Medical and sanitary report of the native army of Madras for the year
Year: 1878
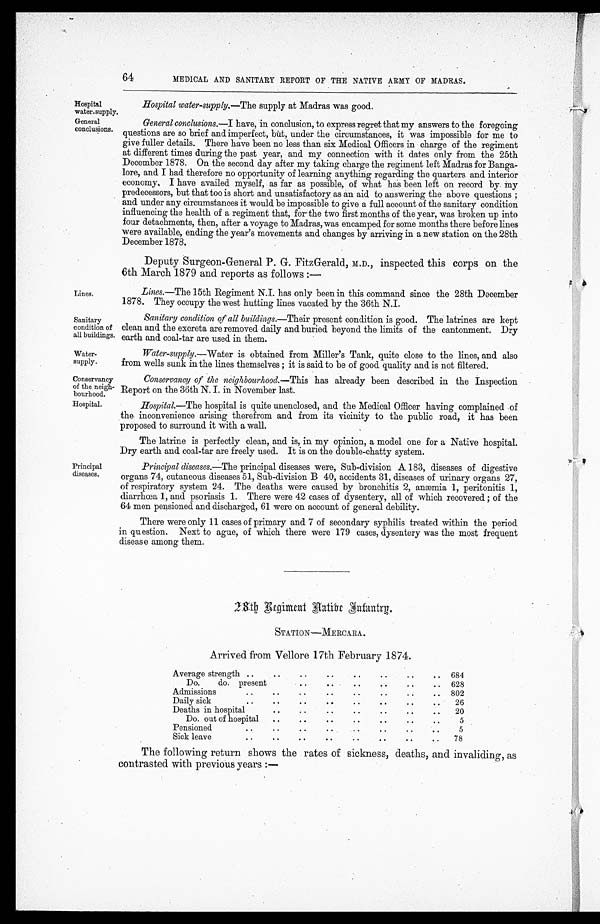
Hospital
water-supply.
General
conclusions.
Lines.
Sanitary
condition of
all buildings.
water-
supply.
Conservancy
of the neigh- b o u r h o o d .
64
MEDICAL AND SANITARY REPORT OF THE NATIVE ARMY OF MADRAS.
Hospital water-supply.—The supply at Madras was good.
General conclusions.—I have, in conclusion, to express regret that my answers to the foregoing
questions are so brief and imperfect, but, under the circumstances, it was impossible for me to
give fuller details. There have been no less than six Medical Officers in charge of the regiment
at different times during the past year, and my connection with it dates only from the 25th
December 1878. On the second day after my taking charge the regiment left Madras for Banga-
lore, and I had therefore no opportunity of learning anything regarding the quarters and interior
economy, I have availed myself, as far as possible, of what has been left on record by my
predecessors, but that too is short and unsatisfactory as an aid to answering the above questions ;
and under any circumstances it would be impossible to give a full account of the sanitary condition
influencing the health of a regiment that, for the two first months of the year, was broken up into
four detachments, then, after a voyage to Madras, was encamped for some months there before lines
were available, ending the year's movements and changes by arriving in a new station on the 28th
December 1878.
Deputy Surgeon-General P. G. FitzGerald, M.D., inspected this corps on the
6th March 1879 and reports as follows :—
Lines.—The 15th Regiment N.I. has only been in this command since the 28th December
1878. They occupy the west hutting lines vacated by the 36th N.I.
Sanitary condition of all buildings.— Their present condition is good. The latrines are kept
clean and the excreta are removed daily and buried beyond the limits of the cantonment. Dry
earth and coal-tar are used in them.
Water-supply.—Water is obtained from Miller's Tank, quite close to the lines, and also
from wells sunk in the lines themselves ; it is said to be of good quality and is not filtered.
Conservancy of the neighbourhood.— This has already been described in the Inspection
Report on the 36th N. I. in November last.
Hospital.
Principal
diseases.
Hospital.—The hospital is quite unenclosed, and the Medical Officer having complained of
the inconvenience arising therefrom and from its vicinity to the public road, it has been
proposed to surround it with a wall.
The latrine is perfectly clean, and is, in my opinion, a model one for a Native hospital.
Dry earth and coal-tar are freely used. It is on the double-chatty system.
Principal diseases.—The principal diseases were, Sub-division A. 183, diseases of digestive
organs 74, cutaneous diseases 51, Sub-division B 40, accidents 31, diseases of urinary organs 27,
of respiratory system 24. The deaths were caused by bronchitis 2, anæmia 1, peritonitis 1,
diarrhœa 1, and psoriasis 1. There were 42 cases of dysentery, all of which recovered ; of the
64 men pensioned and discharged, 61 were on account of general debility.
There were only 11 cases of primary and 7 of secondary syphilis treated within the period
in question. Next to ague, of which there were 179 cases, dysentery was the most frequent
disease among them.
2 8 t h R e g i m e n t A a t i b e I n f a n t r y .
STATION—MERCARA.
Arrived from Vellore 17th February 1874.
Average strength ..
.. .. .. .. .. .. ..
684
Do.
do. present..
.. .. .. .. .. ..
628
Admissions
.. .. .. .. .. .. ..
802
Daily sick
.. .. .. .. .. .. .. ..
26
Deaths in hospital
.. .. .. .. .. .. ..
20
Do. out of hospital
.. .. .. .. .. .. ..
5
Pensioned.
..
.. .. .. .. .. .. ..
5
Sick leave.
..
.. .. .. .. .. .. ..
78
The following return shows the rates of sickness, deaths, and invaliding, as
contrasted with previous years :—